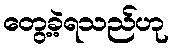
တွေ့ခဲ့ရသည်ဟု